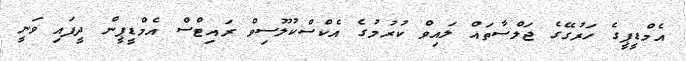
އެމްޑީޕީގެ ހަރުގޭގެ ޖަލްސާތައް ލައިވް ކުރުމުގެ އެކްސްކުލޫސިވް ރައިޓްސް އެމްޑީޕީން ދީފައި ވަނީ